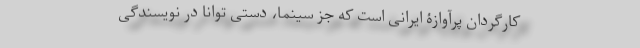
کارگردانِ پُرآوازۀ ایرانی است که جز سینما، دستی توانا در نویسندگی